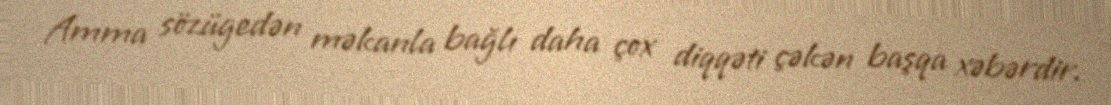
Amma sözügedən məkanla bağlı daha çox diqqəti çəkən başqa xəbərdir.